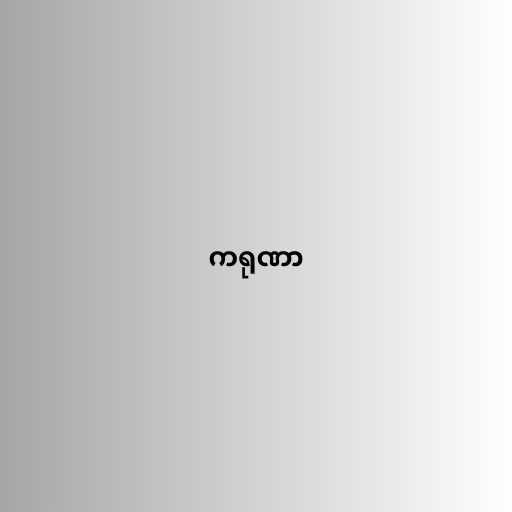
ကရုဏာ